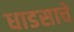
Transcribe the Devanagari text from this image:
धाडसाचे